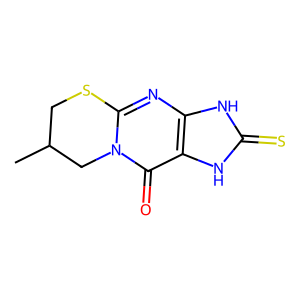
SMILES: CC1CSc2nc3[nH]c(=S)[nH]c3c(=O)n2C1
Inhibits HIV replication: No